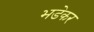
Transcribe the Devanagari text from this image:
भडेकर